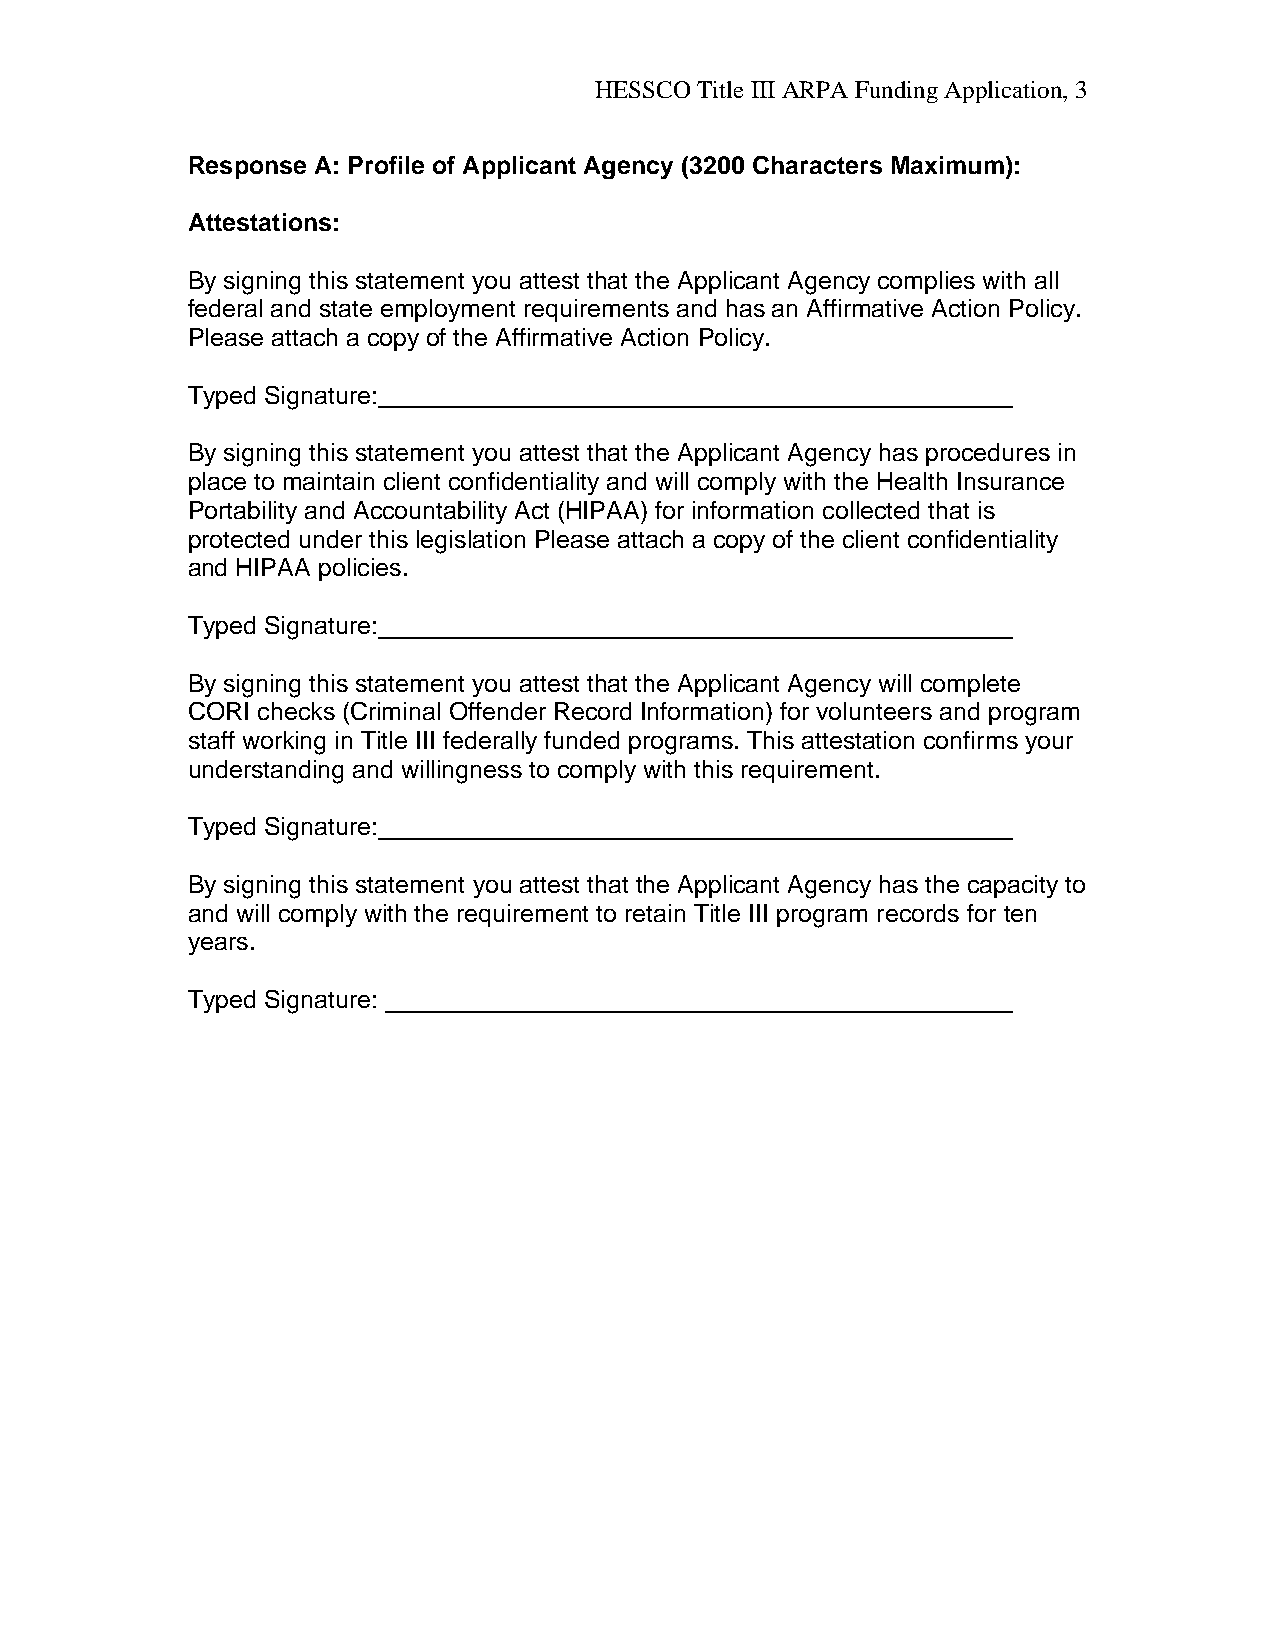
HESSCO Title III ARPA Funding Application, 3
 Response A: Profile of Applicant Agency (3200 Characters Maximum):
 Attestations:
 By signing this statement you attest that the Applicant Agency complies with all
 federal and state employment requirements and has an Affirmative Action Policy.
 Please attach a copy of the Affirmative Action Policy.
 Typed Signature:
 By signing this statement you attest that the Applicant Agency has procedures in
 place to maintain client confidentiality and will comply with the Health Insurance
 Portability and Accountability Act (HIPAA) for information collected that is
 protected under this legislation Please attach a copy of the client confidentiality
 and HIPAA policies.
 Typed Signature:
 By signing this statement you attest that the Applicant Agency will complete
 CORI checks (Criminal Offender Record Information) for volunteers and program
 staff working in Title III federally funded programs. This attestation confirms your
 understanding and willingness to comply with this requirement.
 Typed Signature:
 By signing this statement you attest that the Applicant Agency has the capacity to
 and will comply with the requirement to retain Title III program records for ten
 years.
 Typed Signature: